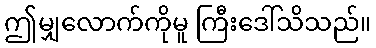
ဤမျှလောက်ကိုမူ ကြီးဒေါ်သိသည်။